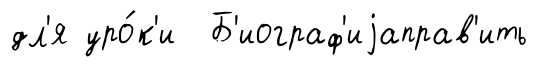
дл'я уро́к'и Б'иограф'иjаправ'ить